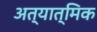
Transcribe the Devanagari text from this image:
अत्यात्मिक